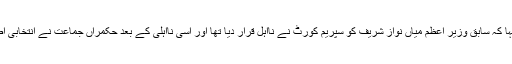
درخواست گزار شیخ رشید احمد کے وکیل نے اپنی درخواست کے حق میں دلائل دیتے ہوئے کہا کہ سابق وزیر اعظم میاں نواز شریف کو سپریم کورٹ نے نااہل قرار دیا تھا اور اسی نااہلی کے بعد حکمراں جماعت نے انتخابی اصلاحات اور پولیٹیکل پارٹی ایکٹ میں ترمیم کرکے ایسے شخص کو پارٹی کا صدر بنا دیا گیا۔